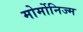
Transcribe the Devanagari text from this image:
मोर्मोनिज्म